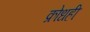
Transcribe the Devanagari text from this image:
क्रोधही